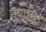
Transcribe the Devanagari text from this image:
नृणाम्‌।